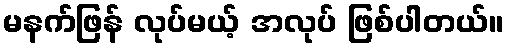
မနက်ဖြန် လုပ်မယ့် အလုပ် ဖြစ်ပါတယ်။